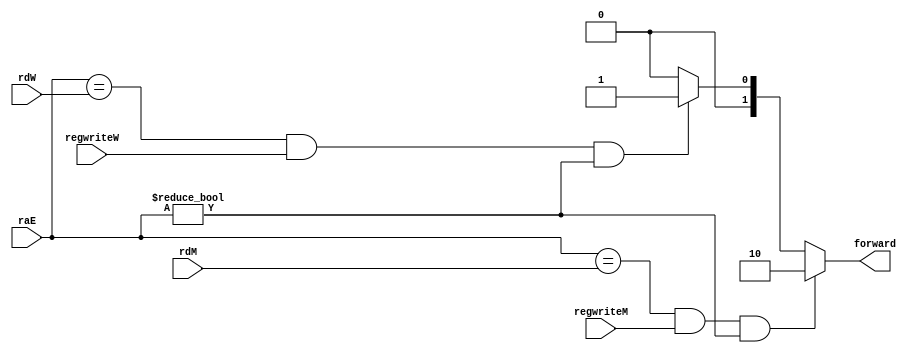
`define FORWARD_NO 2'b00
`define FORWARD_W 2'b01
`define FORWARD_M 2'b10

module setForward (
        input [4:0] raE, rdM, rdW,
        input regwriteM, regwriteW,
        output [1:0] forward
    );
    assign forward = ((raE == rdM) && regwriteM && (raE != 0)) ? `FORWARD_M :
           ((raE == rdW) && regwriteW && (raE != 0)) ? `FORWARD_W :
           `FORWARD_NO;

endmodule